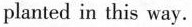
planted in this way.